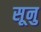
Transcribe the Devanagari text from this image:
सूनु